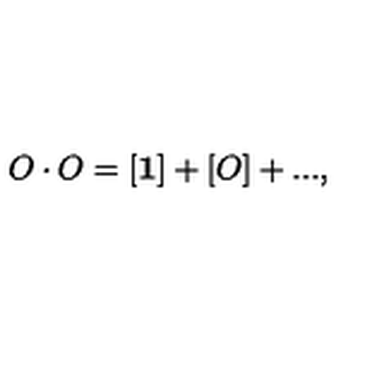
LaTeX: O \cdot O = [ { \bf 1 } ] + [ O ] + . . . ,